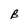
Character: B